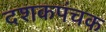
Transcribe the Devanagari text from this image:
दशकपंचक